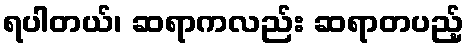
ရပါတယ်၊ ဆရာကလည်း ဆရာတပည့်